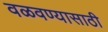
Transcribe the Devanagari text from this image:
वळवण्यासाठी